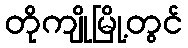
တိုကျိုမြို့တွင်